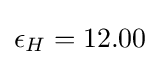
\epsilon _{H}=12.00